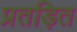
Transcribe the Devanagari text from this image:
प्रतड़ित